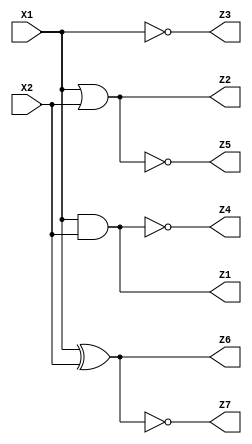
`timescale 1ns / 1ps


module AND_Gate(X1,X2,Z1,Z2,Z3,Z4,Z5,Z6,Z7);

input X1,X2;
output Z1,Z2,Z3,Z4,Z5,Z6,Z7;

and(Z1,X1,X2);
or(Z2,X1,X2);
not(Z3,X1);
nand(Z4,X1,X2);
nor(Z5,X1,X2);
xor(Z6,X1,X2);
xnor(Z7,X1,X2);

endmodule